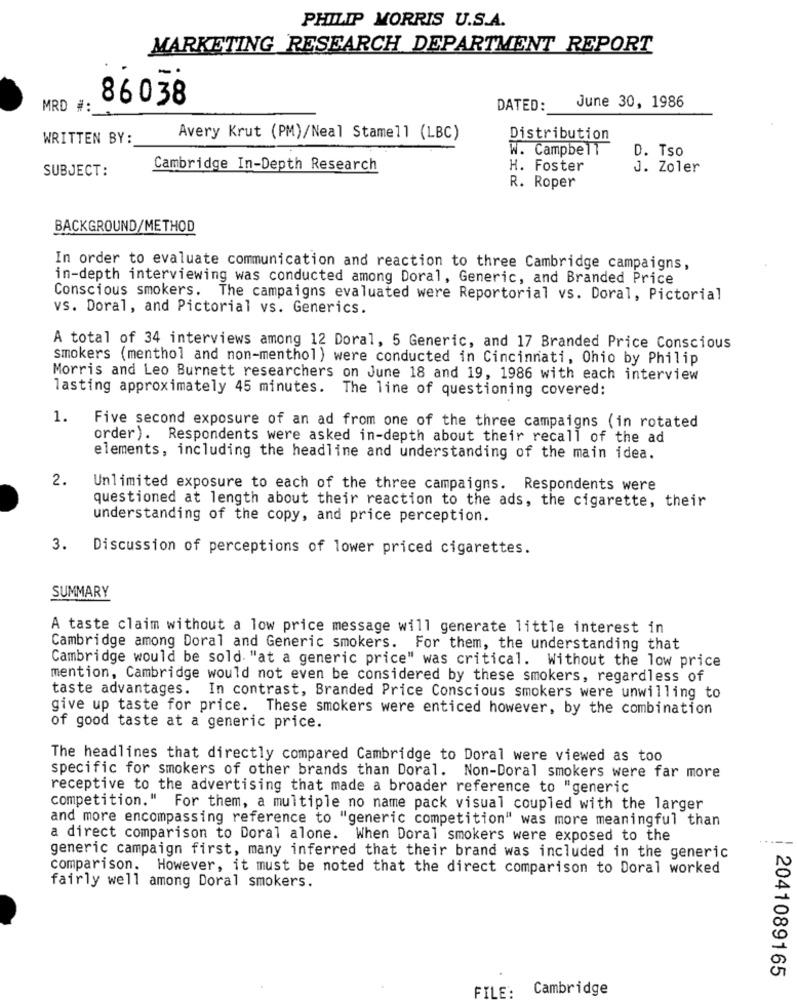
PHILIP MORRIS U.S.A.
MARKETING RESEARCH DEPARTMENT REPORT
86038
MRD #:
DATED:
June 30, 1986
WRITTEN BY:
Avery Krut (PM)/Neal Stamell (LBC)
Distribution
W. Campbell
D. Tso
SUBJECT:
Cambridge In-Depth Research
H. Foster
J. Zoler
R. Roper
BACKGROUND/METHOD
In order to evaluate communication and reaction to three Cambridge campaigns,
in-depth interviewing was conducted among Doral, Generic, and Branded Price
Conscious smokers. The campaigns evaluated were Reportorial vs. Doral, Pictorial
vs. Doral, and Pictorial vs. Generics.
A total of 34 interviews among 12 Doral, 5 Generic, and 17 Branded Price Conscious
smokers (menthol and non-menthol) were conducted in Cincinnati, Ohio by Philip
Morris and Leo Burnett researchers on June 18 and 19, 1986 with each interview
lasting approximately 45 minutes. The line of questioning covered:
1. Five second exposure of an ad from one of the three campaigns (in rotated
order). Respondents were asked in-depth about their recall of the ad
elements, including the headline and understanding of the main idea.
2.
Unlimited exposure to each of the three campaigns. Respondents were
questioned at length about their reaction to the ads, the cigarette, their
understanding of the copy, and price perception.
3.
Discussion of perceptions of lower priced cigarettes.
SUMMARY
A taste claim without a low price message will generate little interest in
Cambridge among Doral and Generic smokers. For them, the understanding that
Cambridge would be sold "at a generic price" was critical. Without the low price
mention, Cambridge would not even be considered by these smokers, regardless of
taste advantages. In contrast, Branded Price Conscious smokers were unwilling to
give up taste for price. These smokers were enticed however, by the combination
of good taste at a generic price.
The headlines that directly compared Cambridge to Doral were viewed as too
specific for smokers of other brands than Doral. Non-Doral smokers were far more
receptive to the advertising that made a broader reference to "generic
competition." For them, a multiple no name pack visual coupled with the larger
and more encompassing reference to "generic competition" was more meaningful than
a direct comparison to Doral alone. When Doral smokers were exposed to the
generic campaign first, many inferred that their brand was included in the generic
comparison. However, it must be noted that the direct comparison to Doral worked
fairly well among Doral smokers.
2041089165
FILE:
Cambridge